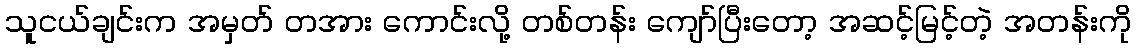
သူငယ်ချင်းက အမှတ် တအား ကောင်းလို့ တစ်တန်း ကျော်ပြီးတော့ အဆင့်မြင့်တဲ့ အတန်းကို